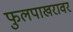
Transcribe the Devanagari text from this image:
फुलपाखरावर